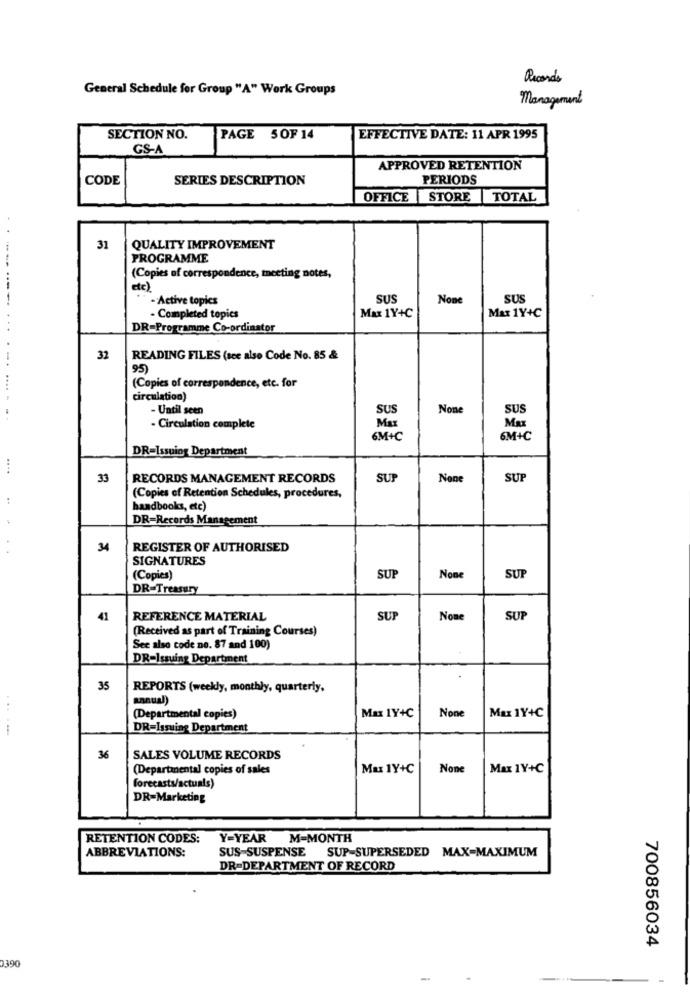
Records
General Schedule for Group "A" Work Groups
Management
SECTION NO.
PAGE 5OF 14
EFFECTIVE DATE: 11 APR 1995
GS-A
APPROVED RETENTION
CODE
SERIES DESCRIPTION
PERIODS
OFFICE STORE TOTAL
31
QUALITY IMPROVEMENT
PROGRAMME
(Copies of correspondence, meeting notes,
etc)
------
-Active topics
SUS
SUS
Max 1Y+C
- Completed topics
Max 1Y+C
DR-Programme Co-ordinator
32
READING FILES (sce also Code No. 85 &
95)
(Copies of correspondence, etc. for
circulation)
- Until seen
SUS
SUS
Ma
- Circulation complete
6M+C
6M+C
DR=Issuing Department
33
RECORDS MANAGEMENT RECORDS
SUP
SUP
(Copies of Retention Schedules, procedures,
handbooks, etc)
DR=Records Management
34
REGISTER OF AUTHORISED
SIGNATURES
(Copies)
SU
SUF
DR=Treasury
41
REFERENCE MATERIAL
SU
SUF
(Received as part of Training Courses)
See also code ne. 87 and 100)
DR=Issuing Department
35
REPORTS (weekly, monthly, quarterly,
annual)
...
Max 1Y+C
Max 1Y+C
(Departmental copies)
DR=Issuing Department
36
SALES VOLUME RECORDS
(Departmental copies of sales
Max 1Y+C
Max 1Y+C
forecasts/actuals)
DR=Marketing
RETENTION CODES:
Y=YEAR
M=MONTH
SUS-SUSPENSE
SUP-SUPERSEDED MAX-MAXIMUM
ABBREVIATIONS:
DR-DEPARTMENT OF RECORD
700856034
0390